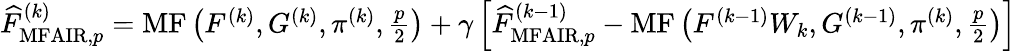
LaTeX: \begin{array}{r}{\widehat{F}_{\mathrm{MFAIR},p}^{(k)}=\operatorname{MF}\left(F^{(k)},G^{(k)},\pi^{(k)},\frac{p}{2}\right)+\gamma\left[\widehat{F}_{\mathrm{MFAIR},p}^{(k-1)}-\operatorname{MF}\left(F^{(k-1)}W_{k},G^{(k-1)},\pi^{(k)},\frac{p}{2}\right)\right]}\end{array}